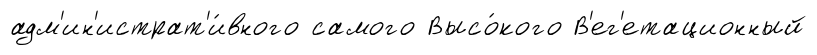
адм'ин'истрат'и́вного самого Высо́кого В'ег'етационный